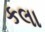
કલા